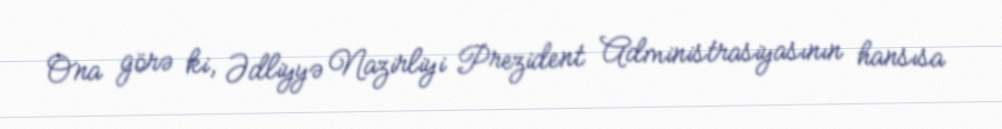
Ona görə ki, Ədliyyə Nazirliyi Prezident Administrasiyasının hansısa